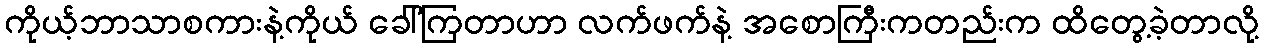
ကိုယ့်ဘာသာစကားနဲ့ကိုယ် ခေါ်ကြတာဟာ လက်ဖက်နဲ့ အစောကြီးကတည်းက ထိတွေ့ခဲ့တာလို့